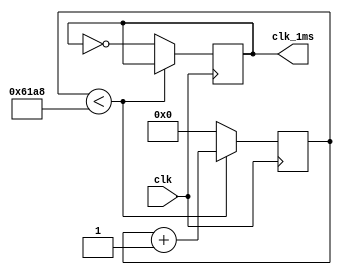
`timescale 1ns / 1ps
//////////////////////////////////////////////////////////////////////////////////
// Company: 
// Engineer: 
// 
// Design Name: 
// Module Name:    pbdebounce 
// Project Name: 
// Target Devices: 
// Tool versions: 
// Description: 
//
// Dependencies: 
//
// Revision: 
// Revision 0.01 - File Created
// Additional Comments: 
//
//////////////////////////////////////////////////////////////////////////////////
module clk1ms(
	input wire clk,
	output wire clk_1ms
);
	reg [15:0]cnt;
	reg tmp;
	initial begin
		cnt <= 0;
		tmp <= 0;
	end
	always@(posedge clk) begin
		if (cnt<25000) begin
			cnt <= cnt+1;
		end
		else begin
			cnt <= 0;
			tmp = ~tmp;
		end
	end
	assign clk_1ms = tmp;
endmodule


module pbdebounce(
	input wire clk,
	input wire button,
	output reg pbreg
);
	reg [7:0] pbshift;
	wire clk_1ms;
	reg [15:0] tmp;
	initial begin
		tmp <= 0;
		pbreg <= 0;
		pbshift <= 0;
	end
	clk1ms m4(clk, clk_1ms);
	always@(posedge clk_1ms) begin
		pbshift<=pbshift<<1;//1
		pbshift[0]<=button;
		if (pbshift==0) begin
			tmp <= 0;
			pbreg<=0;
		end
		else if (pbshift==8'b11111111) begin// pbshift1
			if (tmp<1) begin
				tmp <= tmp+1;
				pbreg<=1;
			end
			else begin
				pbreg <= 0;
			end
		end
	end
endmodule